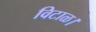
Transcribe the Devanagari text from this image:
विटाळ।